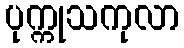
ပုက္ကုသကုလာ